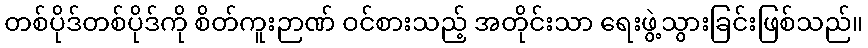
တစ်ပိုဒ်တစ်ပိုဒ်ကို စိတ်ကူးဉာဏ် ဝင်စားသည့် အတိုင်းသာ ရေးဖွဲ့သွားခြင်းဖြစ်သည်။